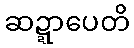
ဆဍ္ဍာပေတိ